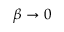
\beta \rightarrow 0